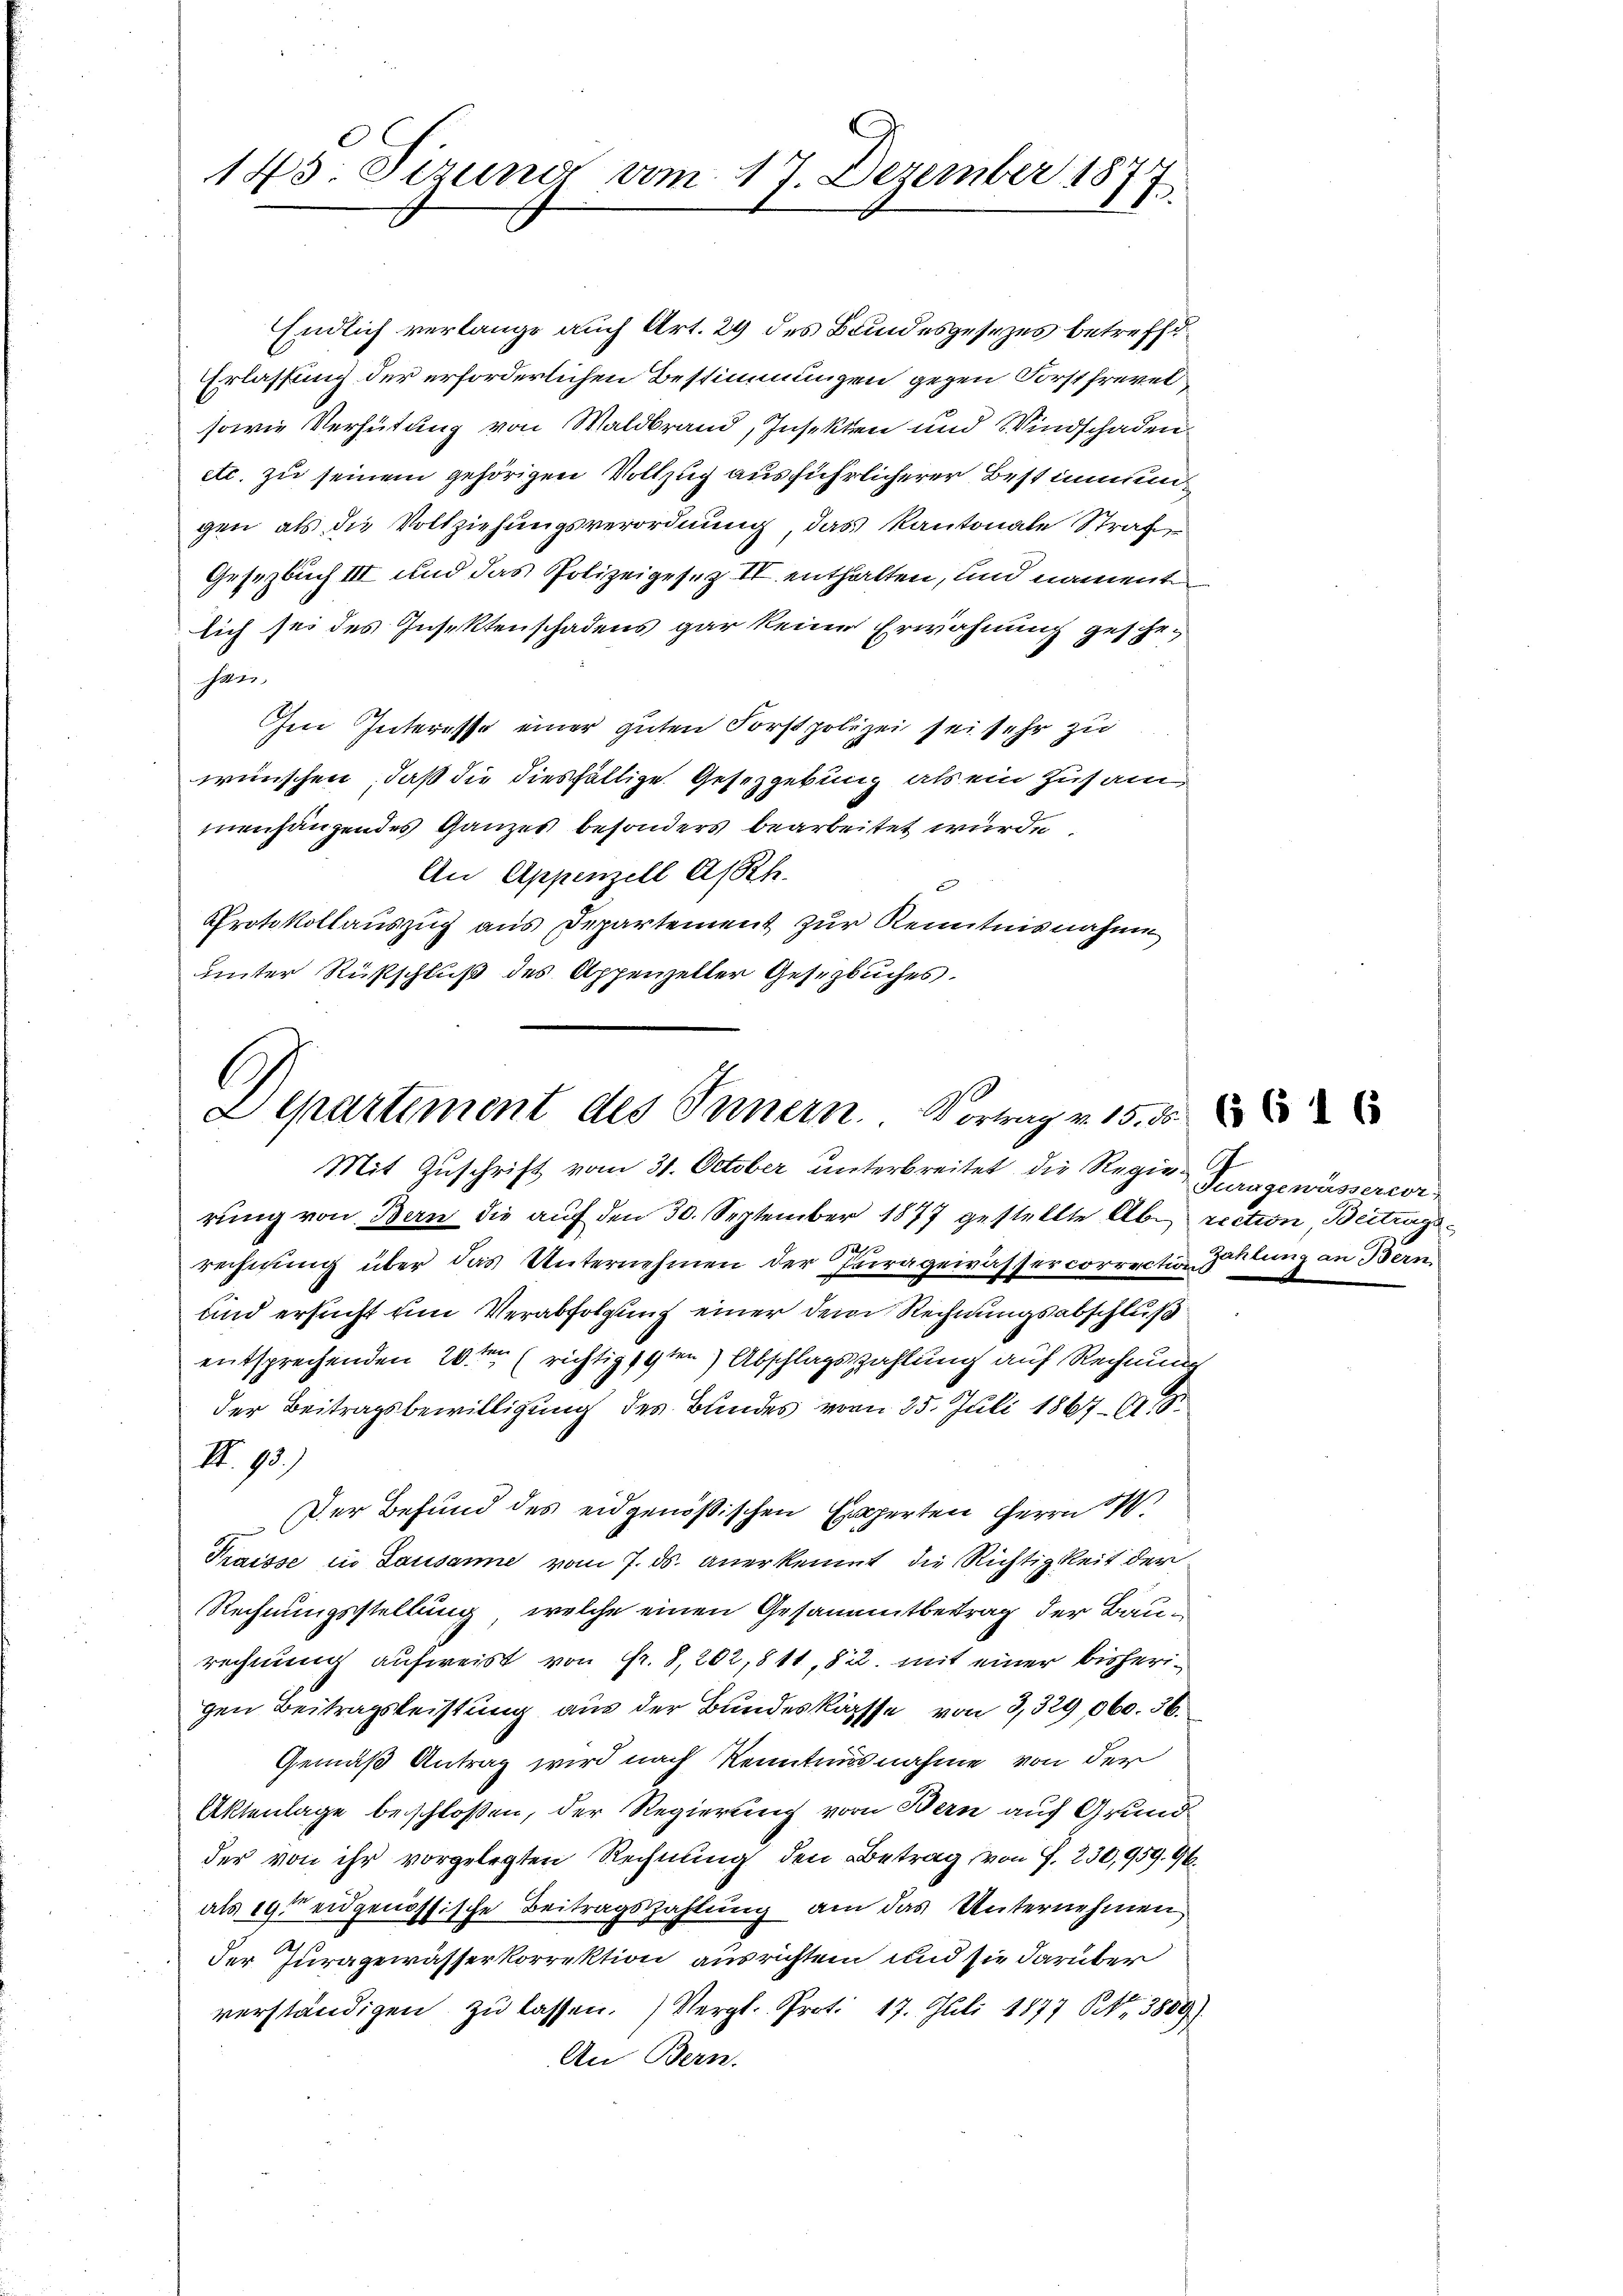
145 Sizung vom 17. Dezember 1877

Endlich verlange auch Art. 29 des Bundesgesezes betreffe¬
Erlassung der erforderlichen Bestimmungen gegen Forstfrevel
sowie Verhütung von Waldbrand, Insekten und Windschaden
etc. zu seinem gehörigen Vollzug ausführlicherer Bestimmungen, als die Vollziehungsverordnung, das Kantonale Straf
Gesetzbuch III und das Polizeigesez IV enthalten, und namente
lich sei des Insektenschadens gar keine Erwähnung geschehan
Im Interesse einer guten Forstpolizei sei sehr zu
wünschen, daß die diesfällige Gesetzgebung als ein Zusam
mnenhängendes Ganzes besonders bearbeitet wurde.
An Appenzell A/Rh.
Protokollauszug aus Departement zur Kenntnisnahme
unter Rückschluß des Appenzeller Gesetzbuches.

l
Departement des Innern. Vortrag v. 15. d.

Mit Zuschrift vom 31. October unterbreitet die Regierungewässerwerrung von Bern die auf den 30. September 1877 gestellte Ab- rection, Beitragsrechnung über das Unternehmen der Prirageirässercorrection Zeitung an Bern
und ersucht um Verabfolgung einer dem Rechnungsabschluß
entsprechenden 20ten richtig 19ten Abschlagszahlung auf Rechnung
der Beitragsbewilligung des Bundes vom 25. Juli 1867. 149
II. 93.)
Der Befund des eidgenößischen Experten Herrn
Praisse in Lausanne vom 7. ds. anerkennt, die Richtigkeit der
Rechnungsstellung, welche einen Gesammtbetrag der Baurechnung aufweist von Fr. 8, 202,811, 822. mit einer bisherigen Beitragsleistung aus der Bundeskasse von 3,329 060. 36.
Gemäß Antrag wird nach Kenntnisnahme von der
Aktenlage beschloßen, der Regierung vom Bern auf Grundder von ihr vorgelegten Rechnung den Betrag von G. 230,959. 96.
als 19 eidgenössische Beitragszahlung am das Unternehmen
.
der Juragewässerkorrektion ausrichten und sie darüber
verständigen zŭ lassen. Vergl. Prot. 17. Juli 1877 Nr. 3809)
An Bern.